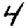
Digit: 4